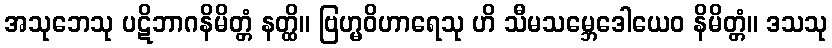
အသုဘေသု ပဋိဘာဂနိမိတ္တံ နတ္ထိ။ ဗြဟ္မဝိဟာရေသု ဟိ သီမသမ္ဘေဒေါယေဝ နိမိတ္တံ။ ဒသသု